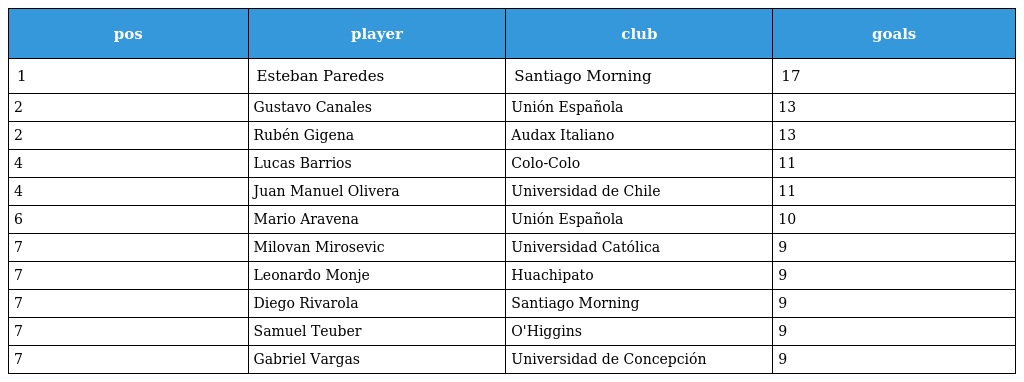
| pos | player | club | goals |
 | --- | --- | --- | --- |
 | 1 | Esteban Paredes | Santiago Morning | 17 |
 | 2 | Gustavo Canales | Unión Española | 13 |
 | 2 | Rubén Gigena | Audax Italiano | 13 |
 | 4 | Lucas Barrios | Colo-Colo | 11 |
 | 4 | Juan Manuel Olivera | Universidad de Chile | 11 |
 | 6 | Mario Aravena | Unión Española | 10 |
 | 7 | Milovan Mirosevic | Universidad Católica | 9 |
 | 7 | Leonardo Monje | Huachipato | 9 |
 | 7 | Diego Rivarola | Santiago Morning | 9 |
 | 7 | Samuel Teuber | O'Higgins | 9 |
 | 7 | Gabriel Vargas | Universidad de Concepción | 9 |